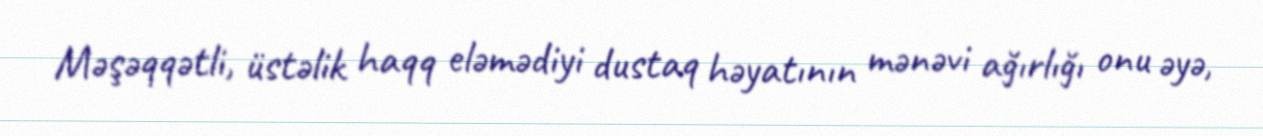
Məşəqqətli, üstəlik haqq eləmədiyi dustaq həyatının mənəvi ağırlığı onu əyə,